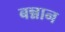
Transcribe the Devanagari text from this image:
बन्नान